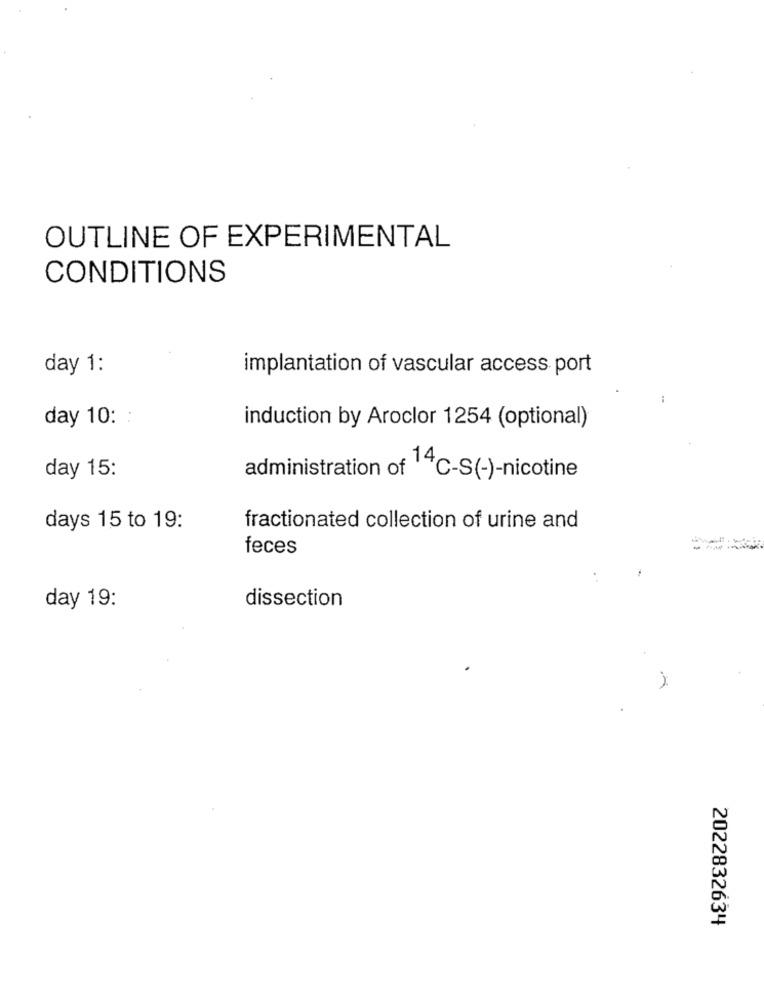
OUTLINE OF EXPERIMENTAL
CONDITIONS
day 1:
implantation of vascular access port
day 10: :
induction by Aroclor 1254 (optional)
day 15:
administration of 14C-S(-)-nicotine
days 15 to 19:
fractionated collection of urine and
feces
----
day 19:
dissection
2022832634